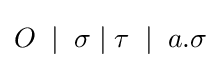
O\;\mid \;\sigma \mid \tau \;\mid \;a.\sigma